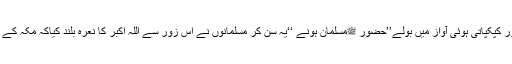
عمر سہم گئے اور کپکپاتی ہوئی آواز میں بولے’’حضور ﷺمسلمان ہونے ‘‘یہ سن کر مسلمانوں نے اس زور سے اللہ اکبر کا نعرہ بلند کیاکہ مکہ کے پہاڑ گونج اُٹھے۔